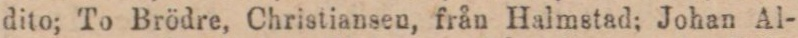
dito; To Brödre, Christiansen, från Halmstad; Johan Al-